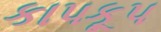
કાપકૂપ